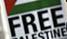
free